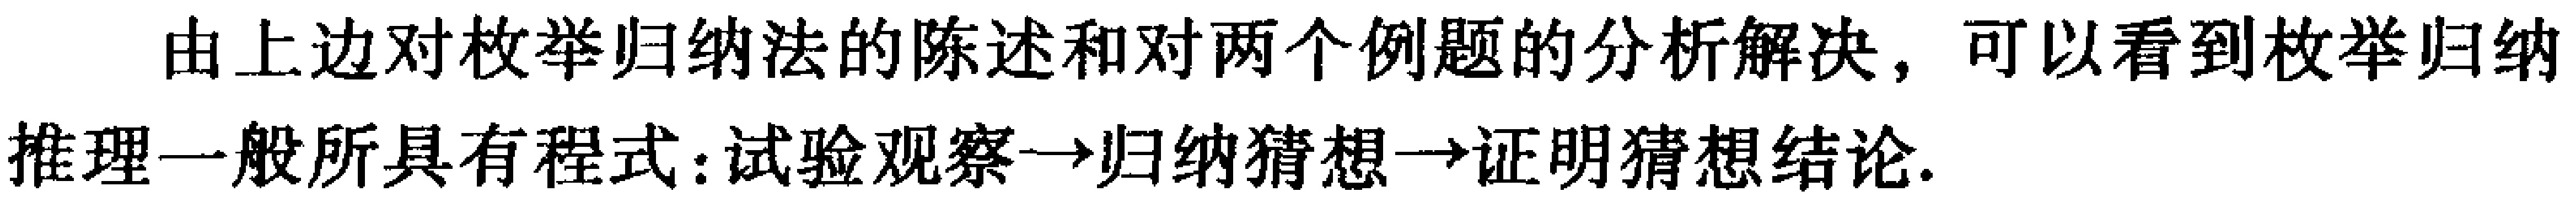
由上边对枚举归纳法的陈述和对两个例题的分析解决，可以看到枚举归纳

推理一般所具有程式:试验观察$\to$归纳猜想$\to$证明猜想结论.